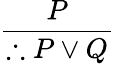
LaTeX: \frac{P}{\therefore P\lor Q}